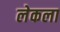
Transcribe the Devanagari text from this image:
लेकला